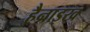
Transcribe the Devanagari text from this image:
हैन्राइख